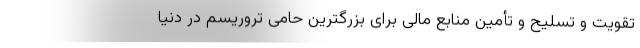
تقویت و تسلیح و تأمین منابع مالی برای بزرگترین حامی تروریسم در دنیا